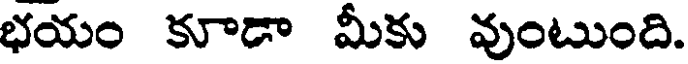
భయం కూడా మీకు వుంటుంది.